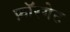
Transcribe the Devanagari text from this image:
फ़ॉरगेट